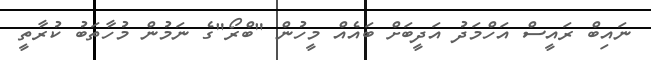
ނައިބް ރައީސް އަހްމަދު އަދީބަށް ބައެއް މީހުން "ބްރޯ"ގެ ނަމުން މުހާތަބު ކުރާތީ